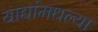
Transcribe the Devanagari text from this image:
याद्यांमधल्या